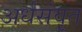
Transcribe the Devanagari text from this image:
अर्धसंवृत